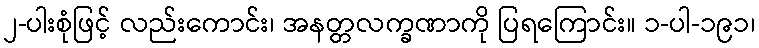
၂-ပါးစုံဖြင့် လည်းကောင်း၊ အနတ္တလက္ခဏာကို ပြရကြောင်း။ ၁-ပါ-၁၉၁၊